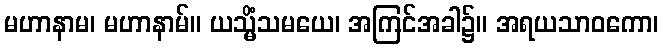
မဟာနာမ၊ မဟာနာမ်။ ယသ္မိံသမယေ၊ အကြင်အခါ၌။ အရယသာဝကော၊